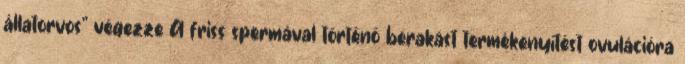
állatorvos” végezze A friss spermával történő berakást termékenyítést ovulációra